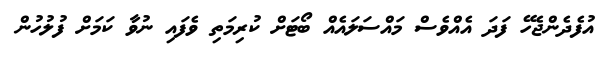
އުފެދެންޖެހޭ ފަދަ އެއްވެސް މައްސަލައެއް ބޯޓަށް ކުރިމަތި ވެފައި ނުވާ ކަމަށް ފުލުހުން